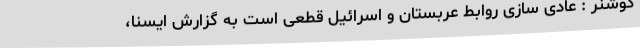
کوشنر : عادی سازی روابط عربستان و اسرائیل قطعی است به گزارش ایسنا،